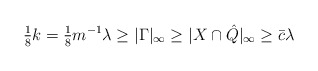
\begin{align*}\tfrac{1}{8}k =\tfrac{1}{8} m^{-1} \lambda \ge \vert \Gamma \vert_\infty \ge \vert X \cap \hat{Q} \vert_\infty \ge \bar{c}\lambda\end{align*}